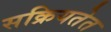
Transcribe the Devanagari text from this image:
सक्रियतेत